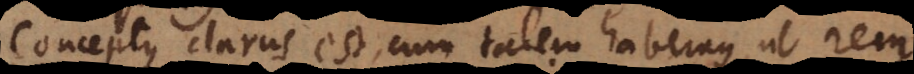
Conceptus clarus est cum talem habemus, ut rem